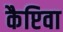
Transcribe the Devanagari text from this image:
कैप्टिवा